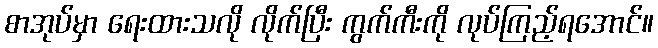
စာအုပ်မှာ ရေးထားသလို လိုက်ပြီး ကွက်ကီးကို လုပ်ကြည့်ရအောင်။